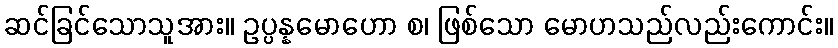
ဆင်ခြင်သောသူအား။ ဥပ္ပန္နမောဟော စ၊ ဖြစ်သော မောဟသည်လည်းကောင်း။